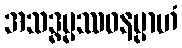
အသဒ္ဓမ္မဿဝနမ္ပာဟံ